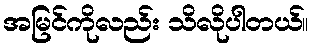
အမြင်ကိုလည်း သိလိုပါတယ်။